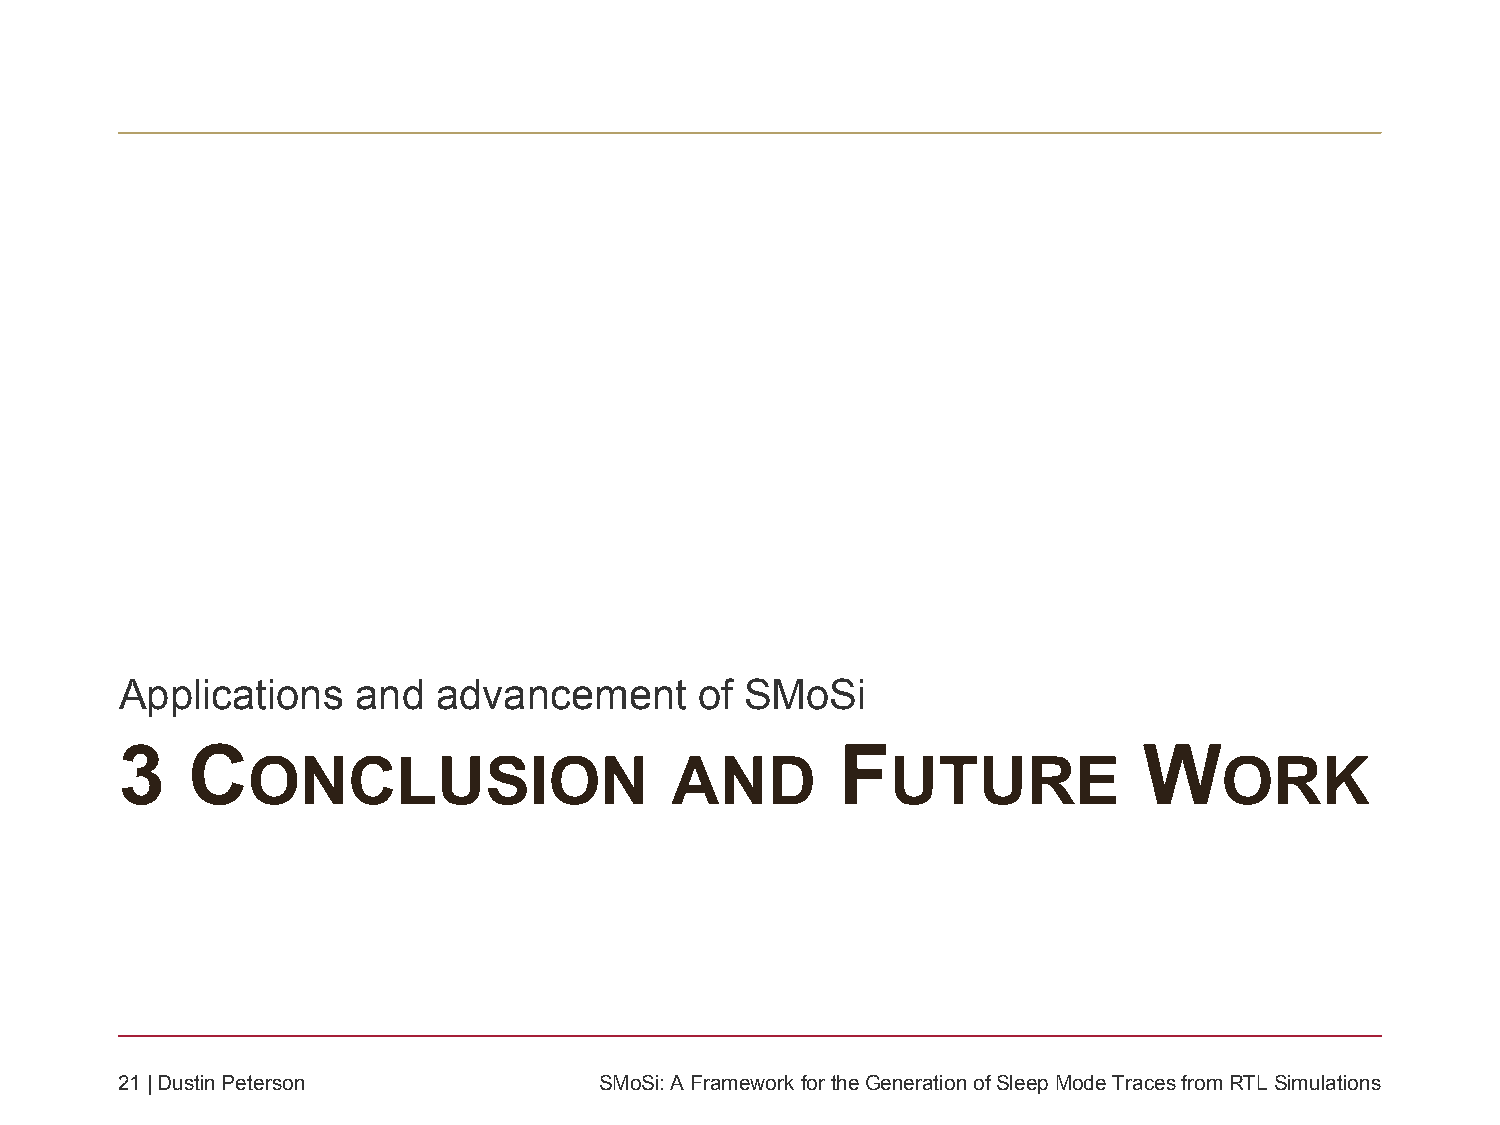
Applications    and  advancement      of SMoSi
 3   C                                           F                   W
 ONCLUSION                   AND            UTURE                 ORK
 21| Dustin Peterson             SMoSi: A Framework fortheGeneration ofSleepMode Traces fromRTL Simulations